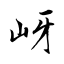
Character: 岈